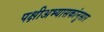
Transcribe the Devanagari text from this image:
पक्षीअभ्यासकांनुसार